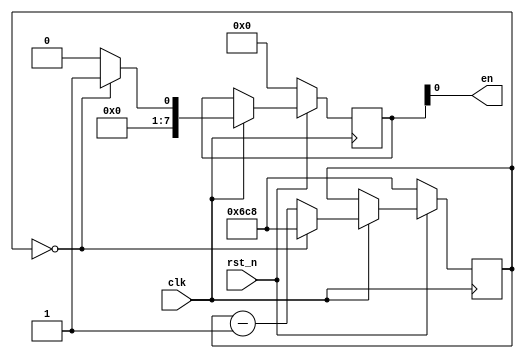
`timescale 1ns / 1ps
//////////////////////////////////////////////////////////////////////////////////
// Company: 
// Engineer: 
// 
// Design Name: 
// Module Name: modNCnt
// Project Name: 
// Target Devices: 
// Tool Versions: 
// Description: 
// 
// Dependencies: 
// 
// Revision:
// Revision 0.01 - File Created
// Additional Comments:
// 
//////////////////////////////////////////////////////////////////////////////////


module modNCnt(clk,rst_n,en);
        input clk;
        input rst_n;
        output en;   // enable signal en[0] clk/4, en[1] clk/16 ..
     
        reg [15:0] cnt;    // 16 bit 64k
        reg [7:0] enx;    // 16 bit 64k
        
        // counter action
        always @(posedge clk) begin
            if(!rst_n) begin
                cnt <= 16'b0000_0110_1100_1000; // divider 434 100Mhz 10ns to 230 400 Baud 4.3 us
                                                // 434 = 0x1B2 7us?
                                                // 4.3us 0x1B2 230400  Baud 16'b0000_0001_1011_0010
                                                // 16'b0000_0110_1100_1000
                enx <= 1'b0;
            end else if (clk) begin
                cnt <= cnt - 1;
                if (cnt == 16'b0000_0000_0000_0000) begin    // 4 
                    enx <= 1'b1;
                    cnt <= 16'b0000_0110_1100_1000;
                end else enx <= 1'b0;             
            end     
        end
        
        assign en = enx;
        
endmodule